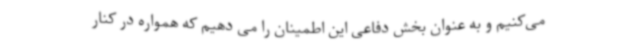
می‌کنیم و به عنوان بخش دفاعی این اطمینان را می دهیم که همواره در کنار